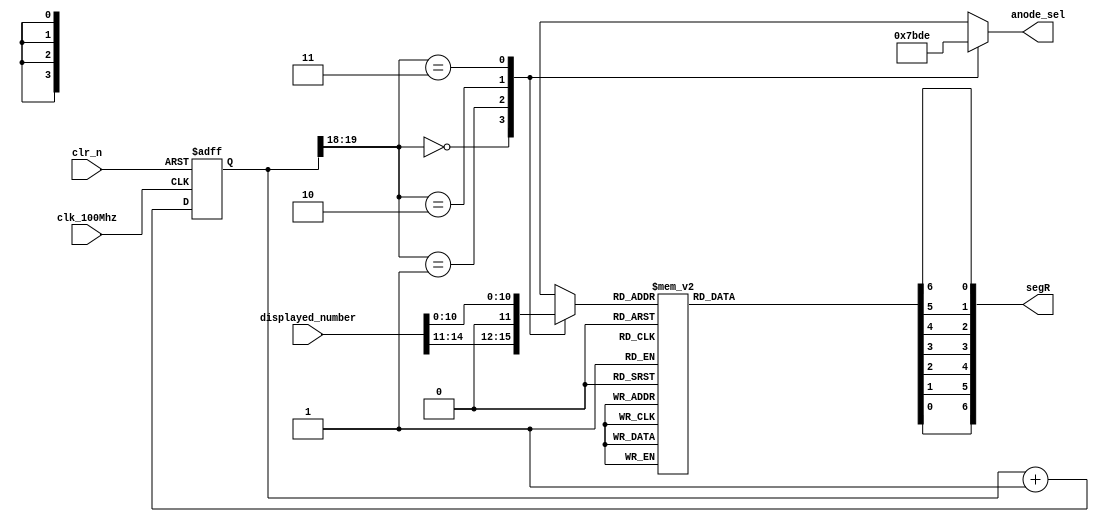
`timescale 1ns / 1ps
//////////////////////////////////////////////////////////////////////////////////
// Company: 
// Engineer: 
// 
// Design Name: 
// Module Name: seven_segment_disp
// Project Name: 
// Target Devices: 
// Tool Versions: 
// Description: 
// 
// Dependencies: 
// 
// Revision:
// Revision 0.01 - File Created
// Additional Comments:
// 
//////////////////////////////////////////////////////////////////////////////////


module seven_segment_disp(input clk_100Mhz,
                          input clr_n, 
                          input [15:0] displayed_number,
                          output reg [3:0] anode_sel, 
                          output [6:0] segR);
                          
reg [19:0] refresh_counter; 
wire [1:0] LED_activating_counter; 
reg [3:0] LED_BCD;
reg [6:0] seg; 

assign segR = {seg[0], seg[1], seg[2], seg[3], seg[4], seg[5], seg[6]};

always @(posedge clk_100Mhz or negedge clr_n)
begin 
 if(!clr_n)
  refresh_counter <= 0;
 else
  refresh_counter <= refresh_counter + 1;
end 

assign LED_activating_counter = refresh_counter[19:18];

always @(*)
begin
    case(LED_activating_counter)
    2'b00: begin
        anode_sel = 4'b0111; 
        LED_BCD = displayed_number[15:11];
    end
    2'b01: begin
        anode_sel = 4'b1011; 
        LED_BCD = displayed_number[10:8];
    end
    2'b10: begin
        anode_sel = 4'b1101; 
        LED_BCD = displayed_number[7:4];
    end
    2'b11: begin
        anode_sel = 4'b1110; 
        LED_BCD = displayed_number[3:0];
    end   
    default:begin
        anode_sel = 4'b0111; 
        LED_BCD = displayed_number[15:11];
    end
    endcase
end


always @(*)
begin
 case(LED_BCD)
 // Middle
 4'b0000: seg = 7'b0000001; // "0"  
 4'b0001: seg = 7'b1001111; // "1" 
 4'b0010: seg = 7'b0010010; // "2" 
 4'b0011: seg = 7'b0000110; // "3" 
 4'b0100: seg = 7'b1001100; // "4" 
 4'b0101: seg = 7'b0100100; // "5" 
 4'b0110: seg = 7'b0100000; // "6" 
 4'b0111: seg = 7'b0001111; // "7" 
 4'b1000: seg = 7'b0000000; // "8"  
 4'b1001: seg = 7'b0000100; // "9" 
 4'b1010: seg = 7'b0000000;//A 
 4'b1011: seg = BIT_PATT(0, 0, 1, 1, 1, 1, 1); //b
 4'b1100: seg = BIT_PATT(1, 0, 0, 1, 1, 1, 0); //C
 4'b1101: seg = BIT_PATT(0, 1, 1, 1, 1, 0, 1); //d
 4'b1110: seg = BIT_PATT(1, 0, 0, 1, 1, 1, 1); //E
 4'b1111: seg = BIT_PATT(1, 0, 0, 0, 1, 1, 1);//F
 default: seg = 7'b0000001; // "0"
 endcase
end

function [7:0] BIT_PATT(input  up, upr, lr, b, bl, upl, m); // se the input bit to high if we want to be lit 
 begin
   BIT_PATT = ~{up, upr, lr, b, bl, upl, m};
 end
endfunction 
endmodule